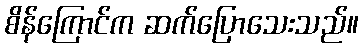
စိန်ကြောင်က ဆက်ပြောသေးသည်။